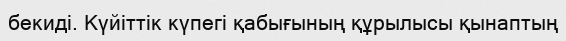
бекиді. Күйіттік күпегі қабығының құрылысы қынаптың